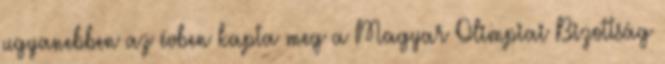
ugyanebben az évben kapta meg a Magyar Olimpiai Bizottság